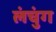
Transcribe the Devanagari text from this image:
लंचुंग